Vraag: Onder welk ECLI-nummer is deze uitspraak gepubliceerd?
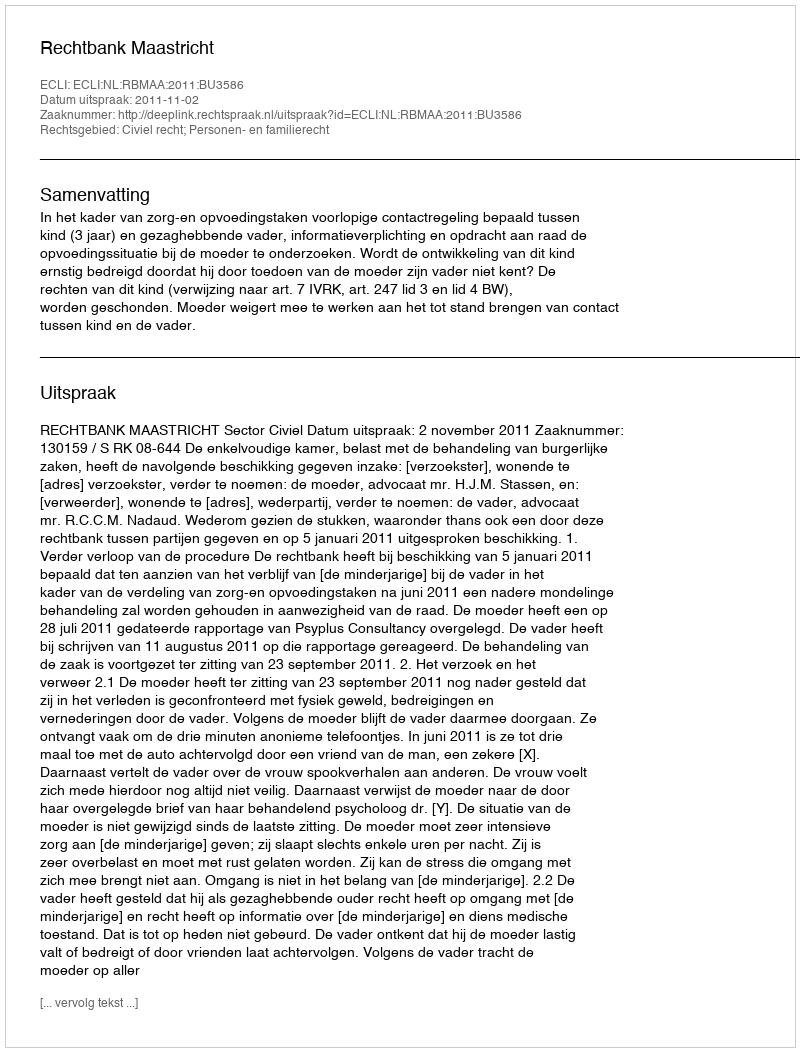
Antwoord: ECLI:NL:RBMAA:2011:BU3586